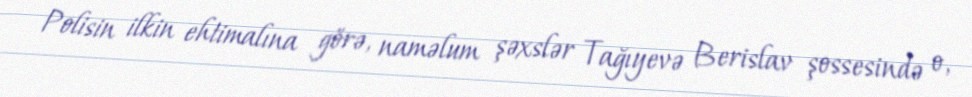
Polisin ilkin ehtimalına görə, naməlum şəxslər Tağıyevə Berislav şossesində o,